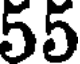
55